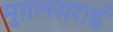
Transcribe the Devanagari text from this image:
मुग़लसराई